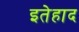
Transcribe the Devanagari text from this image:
इतेहाद